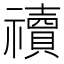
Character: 䄣